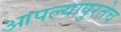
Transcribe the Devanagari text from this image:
आपल्यापुरतेच